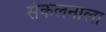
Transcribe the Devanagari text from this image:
संकलनाला